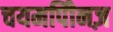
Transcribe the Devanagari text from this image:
चयमपीिनज़